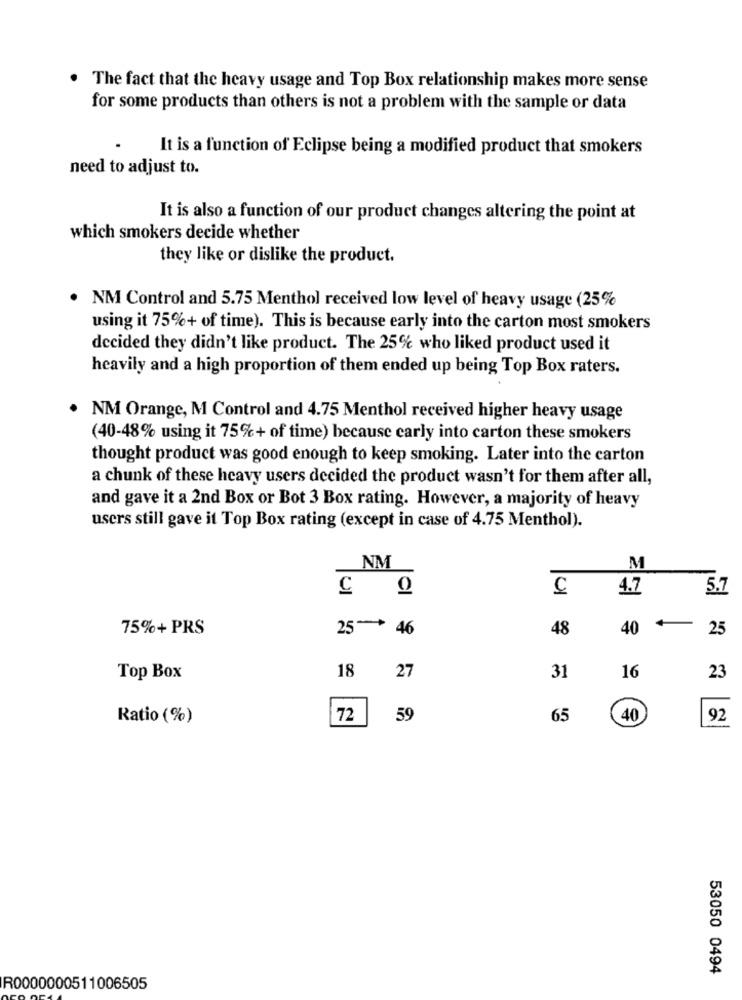
The fact that the heavy usage and Top Box relationship makes more sense
for some products than others is not a problem with the sample or data
It is a function of Eclipse being a modified product that smokers
need to adjust to.
It is also a function of our product changes altering the point at
which smokers decide whether
they like or dislike the product.
NM Control and 5.75 Menthol received low level of heavy usage (25%
using it 75%+ of time). This is because early into the carton most smokers
decided they didn't like product. The 25% who liked product used it
heavily and a high proportion of them ended up being Top Box raters.
NM Orange, M Control and 4.75 Menthol received higher heavy usage
(40-48% using it 75%+ of time) because carly into carton these smokers
thought product was good enough to keep smoking. Later into the carton
a chunk of these heavy users decided the product wasn't for them after all,
and gave it a 2nd Box or Bot 3 Box rating. However, a majority of heavy
users still gave it Top Box rating (except in case of 4.75 Menthol).
5
NM
M
C
4.7
5.7
75%+ PRS
25 ~* 46
48
40
25
18
Top Box
27
31
16
23
Ratio (%)
72
59
65
(40
92
53050 0494
R0000000511006505